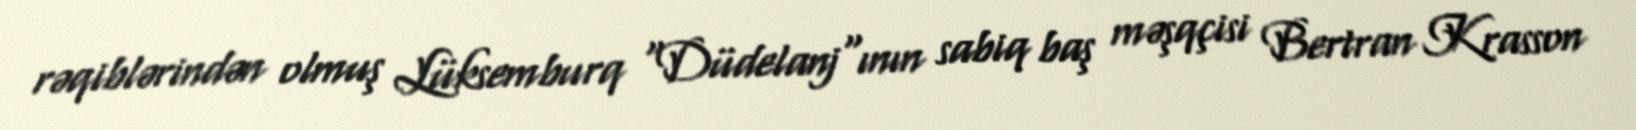
rəqiblərindən olmuş Lüksemburq "Düdelanj"ının sabiq baş məşqçisi Bertran Krasson